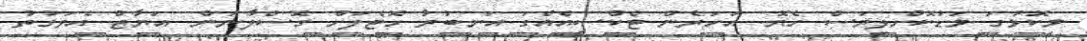
މިކޮޅުގަ މަޑުކޮށްލިޔަސް ހެޔޮ. އަހަރެން ޓެކްސީއެއްގަ އަނބުރާ ހޮޓެލަށް ގޮސްލާނަން. އަޔާޒް އެވަގުތު